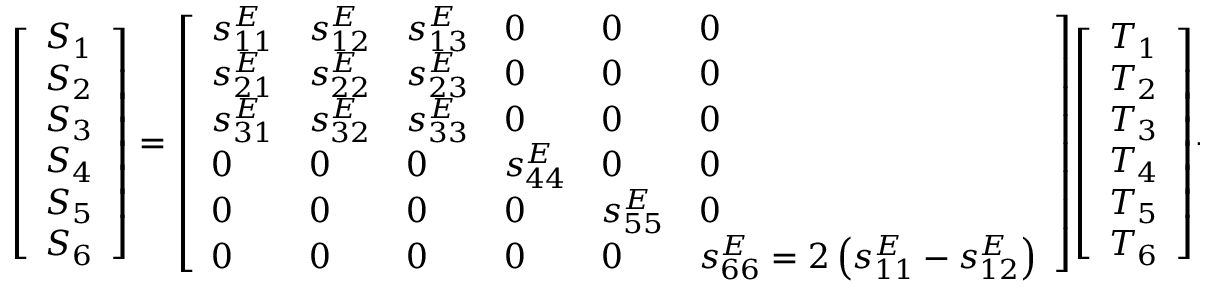
{ \left[ \begin{array} { l } { S _ { 1 } } \\ { S _ { 2 } } \\ { S _ { 3 } } \\ { S _ { 4 } } \\ { S _ { 5 } } \\ { S _ { 6 } } \end{array} \right] } = { \left[ \begin{array} { l l l l l l } { s _ { 1 1 } ^ { E } } & { s _ { 1 2 } ^ { E } } & { s _ { 1 3 } ^ { E } } & { 0 } & { 0 } & { 0 } \\ { s _ { 2 1 } ^ { E } } & { s _ { 2 2 } ^ { E } } & { s _ { 2 3 } ^ { E } } & { 0 } & { 0 } & { 0 } \\ { s _ { 3 1 } ^ { E } } & { s _ { 3 2 } ^ { E } } & { s _ { 3 3 } ^ { E } } & { 0 } & { 0 } & { 0 } \\ { 0 } & { 0 } & { 0 } & { s _ { 4 4 } ^ { E } } & { 0 } & { 0 } \\ { 0 } & { 0 } & { 0 } & { 0 } & { s _ { 5 5 } ^ { E } } & { 0 } \\ { 0 } & { 0 } & { 0 } & { 0 } & { 0 } & { s _ { 6 6 } ^ { E } = 2 \left( s _ { 1 1 } ^ { E } - s _ { 1 2 } ^ { E } \right) } \end{array} \right] } { \left[ \begin{array} { l } { T _ { 1 } } \\ { T _ { 2 } } \\ { T _ { 3 } } \\ { T _ { 4 } } \\ { T _ { 5 } } \\ { T _ { 6 } } \end{array} \right] } + { \left[ \begin{array} { l l l } { 0 } & { 0 } & { d _ { 3 1 } } \\ { 0 } & { 0 } & { d _ { 3 2 } } \\ { 0 } & { 0 } & { d _ { 3 3 } } \\ { 0 } & { d _ { 2 4 } } & { 0 } \\ { d _ { 1 5 } } & { 0 } & { 0 } \\ { 0 } & { 0 } & { 0 } \end{array} \right] } { \left[ \begin{array} { l } { E _ { 1 } } \\ { E _ { 2 } } \\ { E _ { 3 } } \end{array} \right] }